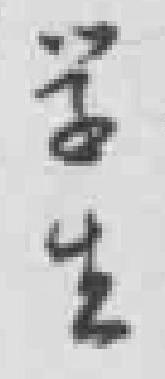
学生